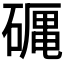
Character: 𥕠